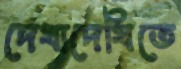
দেখাদেখিতে